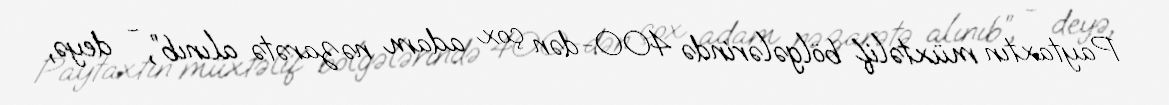
Paytaxtın müxtəlif bölgələrində 400-dən çox adam nəzarətə alınıb”, - deyə,